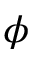
\phi